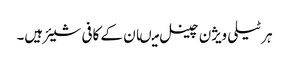
ہر ٹیلی ویژن چینل میںان کے کافی شیئر ہیں۔